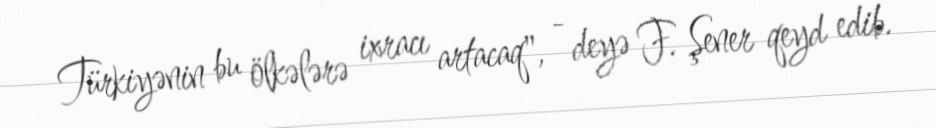
Türkiyənin bu ölkələrə ixracı artacaq", - deyə F. Şener qeyd edib.